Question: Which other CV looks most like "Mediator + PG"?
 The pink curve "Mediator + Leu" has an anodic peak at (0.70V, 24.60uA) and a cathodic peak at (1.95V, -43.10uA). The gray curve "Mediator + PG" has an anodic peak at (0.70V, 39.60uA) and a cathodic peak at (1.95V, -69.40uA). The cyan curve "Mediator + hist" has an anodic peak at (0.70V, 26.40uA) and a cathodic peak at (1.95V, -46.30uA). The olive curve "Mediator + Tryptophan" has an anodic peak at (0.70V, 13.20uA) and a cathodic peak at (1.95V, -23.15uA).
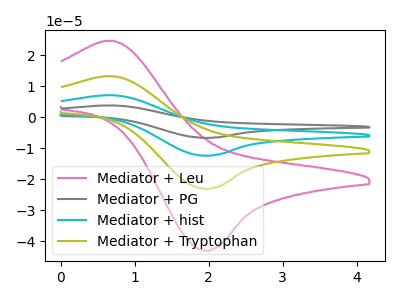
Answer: <think>All the peaks in "Mediator + Leu" have a peak in "Mediator + PG" at the same potential. Every peak in "Mediator + Leu" is lower than every peak in "Mediator + PG". All the peaks in "Mediator + Leu" have a peak in "Mediator + hist" at the same potential. Every peak in "Mediator + Leu" is lower than every peak in "Mediator + hist". All the peaks in "Mediator + Leu" have a peak in "Mediator + Tryptophan" at the same potential. Every peak in "Mediator + Leu" is higher than every peak in "Mediator + Tryptophan". All the peaks in "Mediator + PG" have a peak in "Mediator + hist" at the same potential. Every peak in "Mediator + PG" is higher than every peak in "Mediator + hist". All the peaks in "Mediator + PG" have a peak in "Mediator + Tryptophan" at the same potential. Every peak in "Mediator + PG" is higher than every peak in "Mediator + Tryptophan". All the peaks in "Mediator + hist" have a peak in "Mediator + Tryptophan" at the same potential. Every peak in "Mediator + hist" is higher than every peak in "Mediator + Tryptophan".
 </think>
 <answer>"Mediator + PG", "Mediator + hist" and "Mediator + Tryptophan" have a similar shape to "Mediator + Leu".</answer>
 <eval>"Mediator + PG" "Mediator + hist" "Mediator + Tryptophan"</eval>